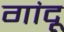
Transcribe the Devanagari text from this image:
गांदू